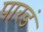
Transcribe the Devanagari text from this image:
पारडं